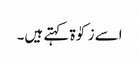
اسے زکوٰۃ کہتے ہیں۔